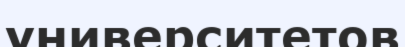
университетов